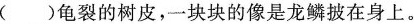
()龟裂的树皮，一块块的像是龙鳞披在身上。